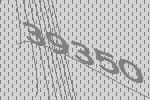
39350